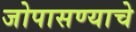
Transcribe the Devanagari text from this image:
जोपासण्याचे